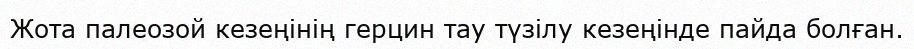
Жота палеозой кезеңінің герцин тау түзілу кезеңінде пайда болған.